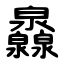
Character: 灥